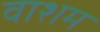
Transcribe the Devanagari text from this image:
वाशम